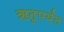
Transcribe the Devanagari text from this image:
ऋतूपर्यंत